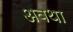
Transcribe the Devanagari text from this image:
अवथा